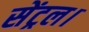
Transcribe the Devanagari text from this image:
सेंट्रल।